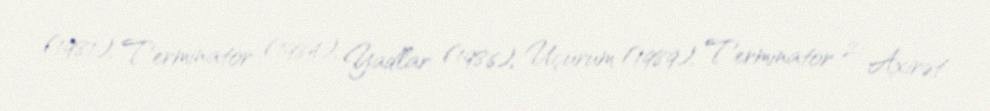
(1981), Terminator (1984), Yadlar (1986), Uçurum (1989), Terminator 2: Axirət